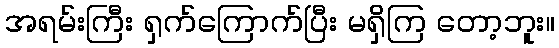
အရမ်းကြီး ရှက်ကြောက်ပြီး မရှိကြ တော့ဘူး။